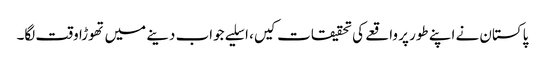
پاکستان نے اپنے طور پر واقعے کی تحقیقات کیں، اسلیے جواب دینے میں تھوڑا وقت لگا۔